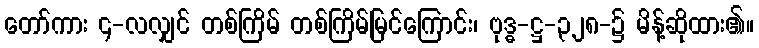
တော်ကား ၄-လလျှင် တစ်ကြိမ် တစ်ကြိမ်မြင်ကြောင်း၊ ဗုဒ္ဓ-ဋ္ဌ-၃၂၈-၌ မိန့်ဆိုထား၏။